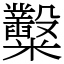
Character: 糳